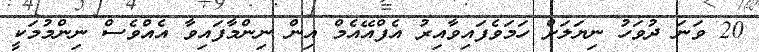
20 ވަނަ ދުވަހު ނިޔަލަށް ހަމަވެފައިވާއިރު އެފްއޭއެމް އިން ނިންމާފައިވާ އެއްވެސް ނިންމުމަކީ